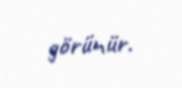
görünür.